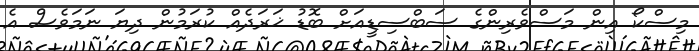
މިސްކޯ އިން މަސްވެރިންގެ ސަބްސިޑީއަށް ބޮޑު ޚަރަދެއް ކުރަމުން ދިޔަ ނަމަވެސް އެ